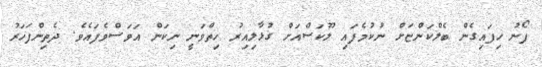
ފޯނު ހިފައިގެން ބެލްކަންޏަށް ނުކުމެފައި ލޫކަސްއަށް ގުޅާލިއިރު ހިތްވަނީ ނިކަން އަވަސްވެފައެވެ. ދެތިންފަހަރު